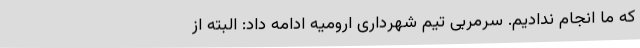
که ما انجام ندادیم. سرمربی تیم شهرداری ارومیه ادامه داد: البته از